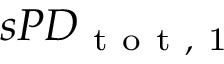
s P D _ { \mathrm { ~ t ~ o ~ t ~ , ~ 1 ~ } }